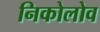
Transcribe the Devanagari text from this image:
निकोलोव